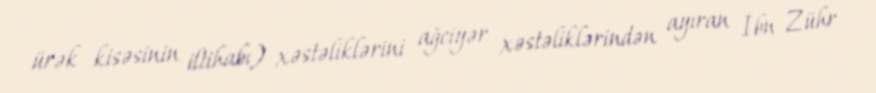
ürək kisəsinin iltihabı) xəstəliklərini ağciyər xəstəliklərindən ayıran İbn Zühr